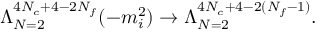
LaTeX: \Lambda _ { N = 2 } ^ { 4 N _ { c } + 4 - 2 N _ { f } } ( - m _ { i } ^ { 2 } ) \rightarrow \Lambda _ { N = 2 } ^ { 4 N _ { c } + 4 - 2 ( N _ { f } - 1 ) } .